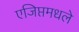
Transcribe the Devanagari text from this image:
एजिप्तमधले